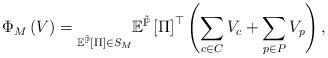
LaTeX: \begin{align*}\Phi_{M}\left(V\right)=\underset{\mathbb{E}^{\tilde{\mathbb{P}}}\left[\Pi\right]\in S_{M}}{}\mathbb{E}^{\tilde{\mathbb{P}}}\left[\Pi\right]^{\top}\left(\sum_{c\in C}V_{c}+\sum_{p\in P}V_{p}\right),\end{align*}